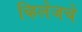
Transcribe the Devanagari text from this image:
व्हिलेजचे